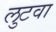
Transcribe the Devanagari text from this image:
लुटवा